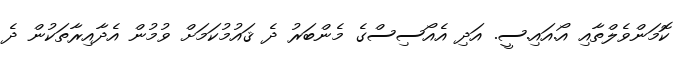
ކޮމަންވެލްތާއި އޯ.އައި.ސީ. އަދި އެއޯސިސްގެ މެންބަރު ދެ ޤައުމުކަމަށް ވުމުން އެދާއިރާތަކުން ދެ